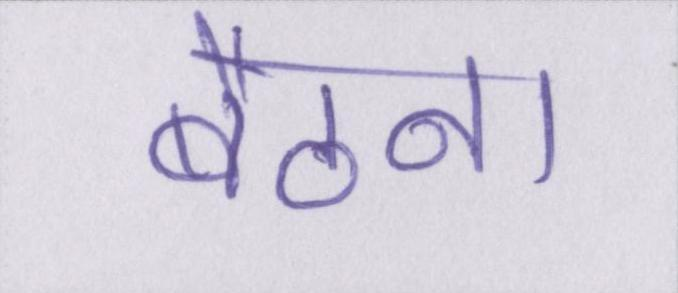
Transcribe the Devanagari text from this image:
बैठना